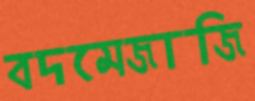
বদমেজাজি